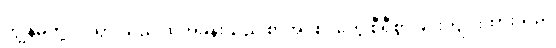
ကျွန်မတို့ဝင်သွားသည့် ထိုအခန်းသည် စာအုပ်စင်တွေ စီရီစွာ ခင်းကျင်းထားသည့်